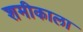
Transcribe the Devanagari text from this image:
शमीकाला